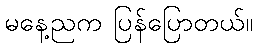
မနေ့ညက ပြန်ပြောတယ်။